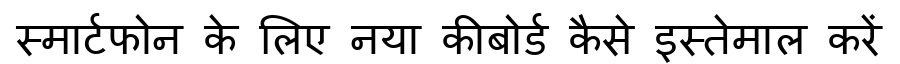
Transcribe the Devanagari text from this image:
स्मार्टफोन के लिए नया कीबोर्ड कैसे इस्तेमाल करें